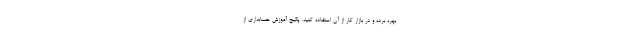
بهره برده و در بازار کار از آن استفاده کنید. پکیج آموزش حسابداری از